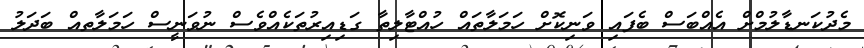
މެދުކަނޑާލުމްށް އެއްބަސް ބެފައި ވަނިކޮށް ހަމަލާތައް ހުއްޓާލިތާ ގަޑިއިރުތަކެއްވެސް ނުވަނީސް ހަމަލާތއް ބަދަލު